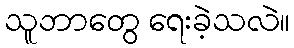
သူဘာတွေ ရေးခဲ့သလဲ။